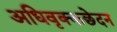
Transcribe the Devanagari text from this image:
अधिवृक्कछेदन